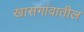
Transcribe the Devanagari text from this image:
खासगांवातील